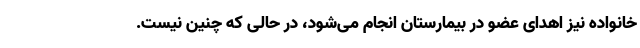
خانواده نیز اهدای عضو در بیمارستان انجام می‌شود، در حالی که چنین نیست.